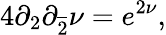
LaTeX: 4\partial_{2}\partial_{\overline{{{2}}}}\nu=e^{2\nu},